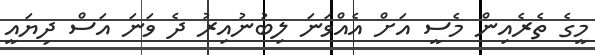
މީގެ ތެރެއިން މެސީ އަަށް އެއްވަނަ ލިބުނުއިރު ދެ ވަނަ އަސް ދިޔައީ